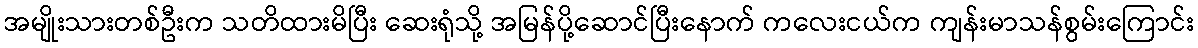
အမျိုးသားတစ်ဦးက သတိထားမိပြီး ဆေးရုံသို့ အမြန်ပို့ဆောင်ပြီးနောက် ကလေးငယ်က ကျန်းမာသန်စွမ်းကြောင်း